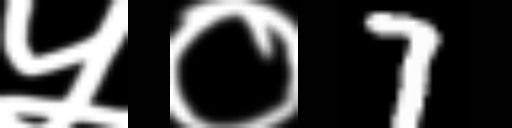
Text: ५०7